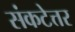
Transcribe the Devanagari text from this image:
संकटेत्तर